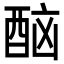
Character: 𨠯